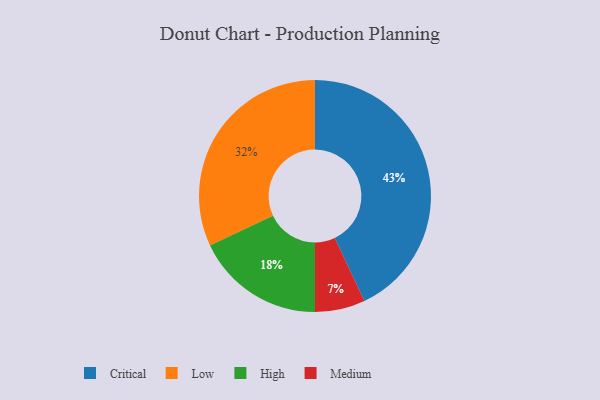
{"axis": {"x": "Category", "y": "Percentage"}, "legend": ["Critical", "High", "Low", "Medium"], "data": [{"x": "Medium", "y": 7, "type": "Medium"}, {"x": "Low", "y": 32, "type": "Low"}, {"x": "Critical", "y": 43, "type": "Critical"}, {"x": "High", "y": 18, "type": "High"}]}